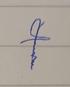
Signature authenticity: forged